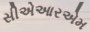
સીએઆરએમ